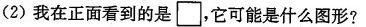
(2)我在正面看到的是\Box，它可能是什么图形?